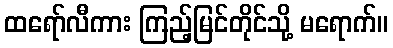
ထရော်လီကား ကြည့်မြင်တိုင်သို့ မရောက်။